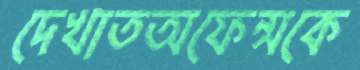
দেখাতঅফেন্সকে